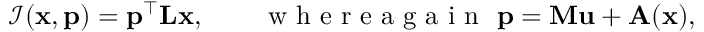
\mathcal { I } ( \mathbf { x } , \mathbf { p } ) = \mathbf { p } ^ { \top } \mathbf { L } \mathbf { x } , \qquad \mathrm { ~ w ~ h ~ e ~ r ~ e ~ a ~ g ~ a ~ i ~ n ~ } \ \mathbf { p } = \mathbf { M } \mathbf { u } + \mathbf { A } ( \mathbf { x } ) ,